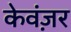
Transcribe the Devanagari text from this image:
केवंज़र